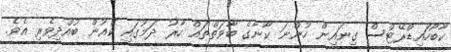
ކާބޯހައިޑްރޭޓްސް ގިނައިން ހުންނަ ކާނާގެ ބާވަތްތައް ހާރު ދަމުގައި ކެއުން ބުއްދިވެރި އެވެ.